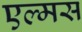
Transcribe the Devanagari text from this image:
एल्मस